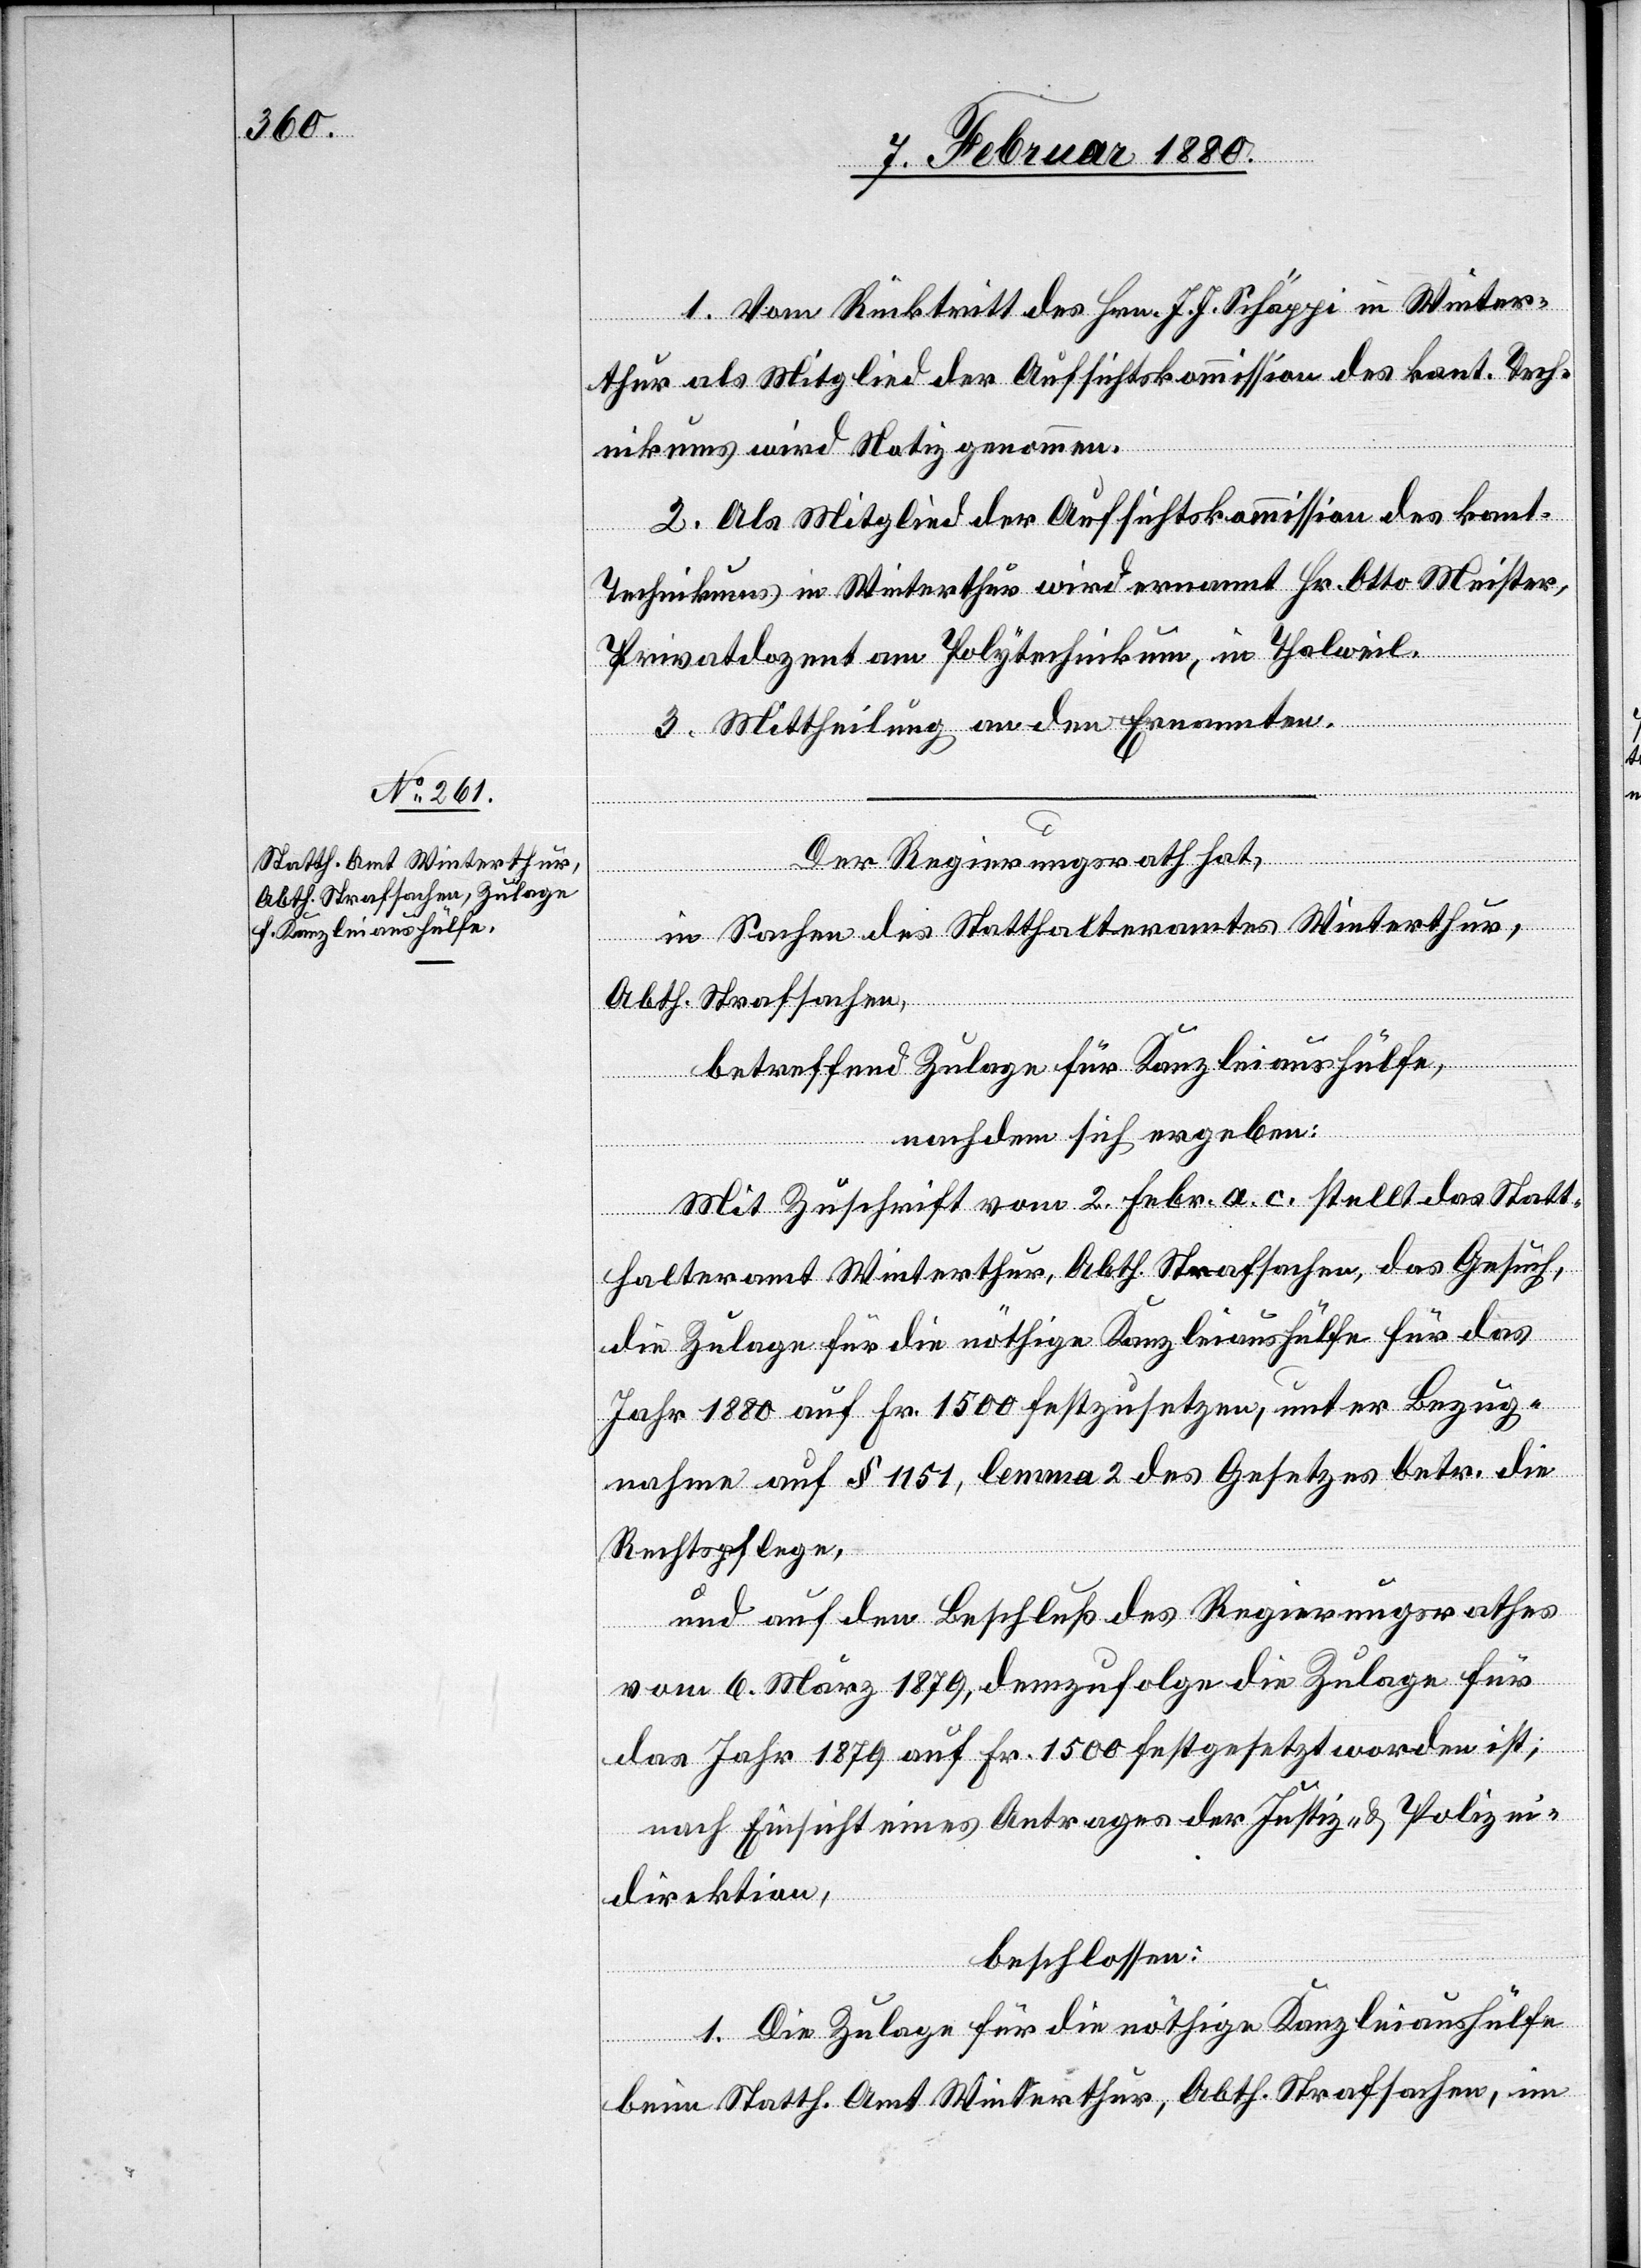
1. Vom Rücktritt des Hrn. J. J. Schäppi in Winter¬
thur als Mitglied der Aufsichtskommission des kant. Tech¬
nikums wird Notiz genommen.
2. Als Mitglied der Aufsichtskommission des kant.
Technikums in Winterthur wird ernannt Hr. Otto Meister,
Privatdozent am Polytechnikum, in Thalweil.
3. Mittheilung an den Ernannten.
Der Regierungsrath hat,
in Sachen des Statthalteramtes Winterthur,
Abth. Strafsachen,
betreffend Zulage für Kanzleiaushülfe,
nachdem sich ergeben:
Mit Zuschrift vom 2. Febr. a. c. stellt das Statt¬
halteramt Winterthur, Abth. Strafsachen, das Gesuch,
die Zulage für die nöthige Kanzleiaushülfe für das
Jahr 1880 auf Fr. 1500 festzusetzen, unter Bezug¬
nahme auf § 1151, lemma 2 des Gesetzes betr. die
Rechtspflege,
und auf den Beschluß des Regierungsrathes
vom 6. März 1879, demzufolge die Zulage für
das Jahr 1879 auf Fr. 1500 festgesetzt worden ist;
nach Einsicht eines Antrages der Justiz- & Polizei¬
direktion,
beschlossen:
1. Die Zulage für die nöthige Kanzleiaushülfe
beim Statth. Amt Winterthur, Abth. Strafsachen, im